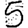
Digit: 5